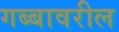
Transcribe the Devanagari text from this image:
गब्बावरील